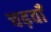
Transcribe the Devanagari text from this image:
चढ़वाँ